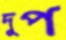
দুপ